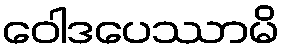
ဝေါဒပေဿာမိ